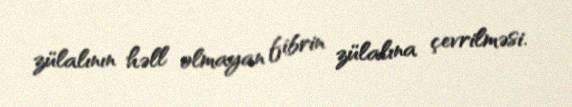
zülalının həll olmayan fibrin zülalına çevrilməsi.